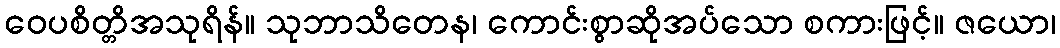
ဝေပစိတ္တိအသုရိန်။ သုဘာသိတေန၊ ကောင်းစွာဆိုအပ်သော စကားဖြင့်။ ဇယော၊